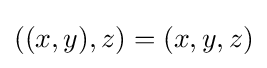
((x,y),z)=(x,y,z)